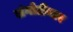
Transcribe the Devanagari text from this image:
लंगोटीयार